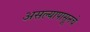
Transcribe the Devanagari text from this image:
असल्यापासूनचे